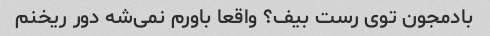
بادمجون توی رست بیف؟ واقعا باورم نمی‌شه دور ریخنم